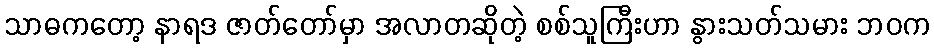
သာဓကတော့ နာရဒ ဇာတ်တော်မှာ အလာတဆိုတဲ့ စစ်သူကြီးဟာ နွားသတ်သမား ဘဝက